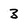
Character: 3